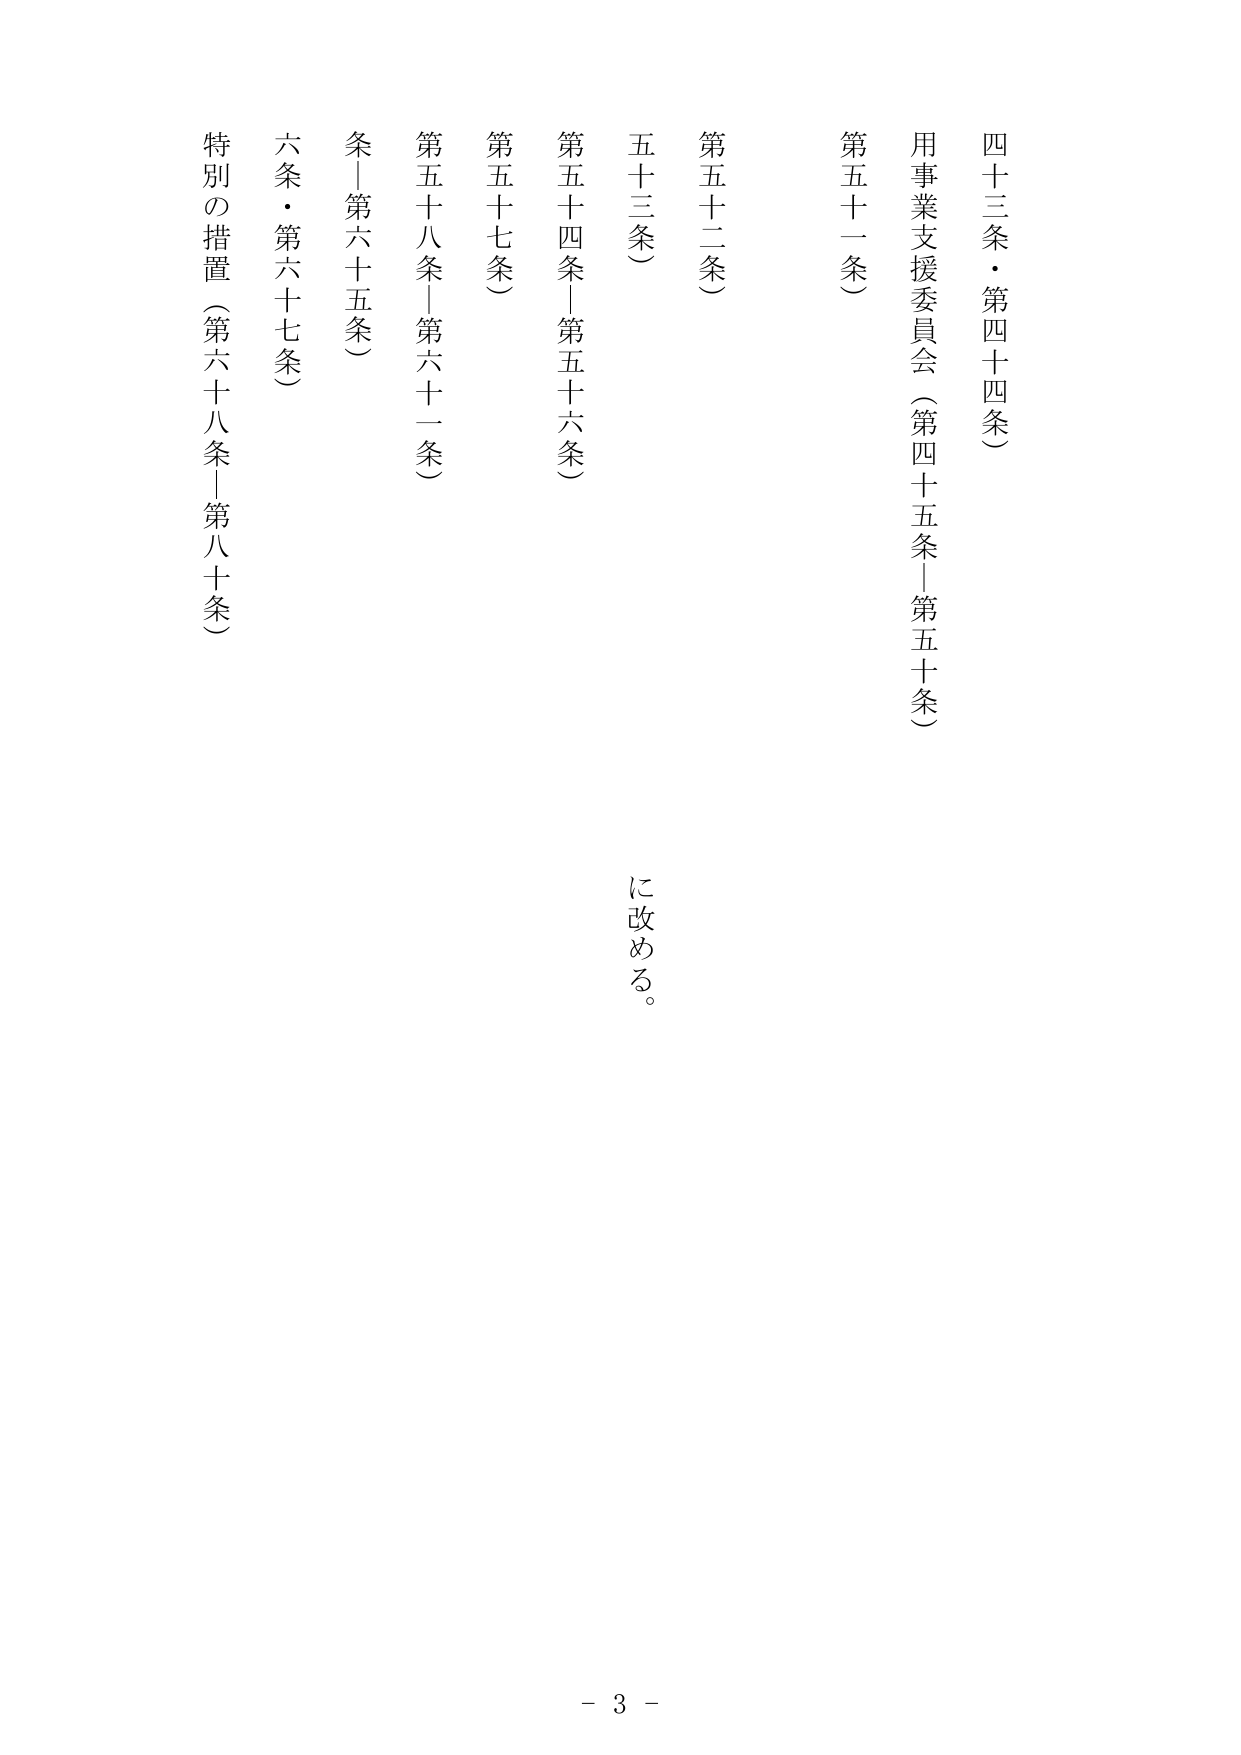
四十三条・第四十四条
用事業支援委員会（第四十五条－第五十条）
第五十一条
第五十二条
第五十三条
第五十四条－第五十六条
第五十七条
第五十八条－第六十一条
条－第六十五条
六条・第六十七条
特別の措置（第六十八条－第八十条）
に改める。
－ 3 －